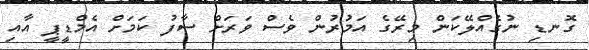
ގޮނޑި ނުގެއްލޭކަން މިރޭގެ އަމުރުން ވެސް ވަރަށް ސާފު ކަމަށް އެމްޑީޕީ އާއި